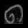
Digit: ၈